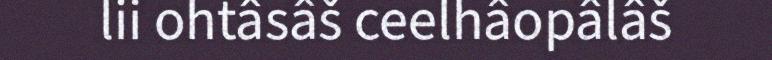
lii ohtâsâš ceelhâopâlâš